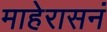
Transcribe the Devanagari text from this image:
माहेरासनं